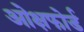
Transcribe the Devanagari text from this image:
ओक्षफोर्ड